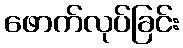
ဖောက်လုပ်ခြင်း